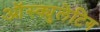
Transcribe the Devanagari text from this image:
ऑस्क्युलेटिग